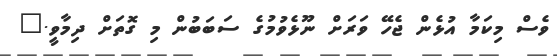
ވެސް މިކަމާ އުޅެން ޖެހޭ ވަރަށް ނޫޅެވުމުގެ ސަބަބުން މި ގޮތަށް ދިމާވީ."